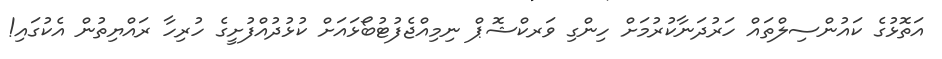
އަތޮޅުގެ ކައުންސިލްތައް ހަރުދަނާކުރުމަށް ހިންގި ވަރކްޝޮޕް ނިމިއްޖެފުޓުބޯޅައަށް ކުޅުދުއްފުށީގެ ހުރިހާ ރައްޔިތުން އެކުގައި!